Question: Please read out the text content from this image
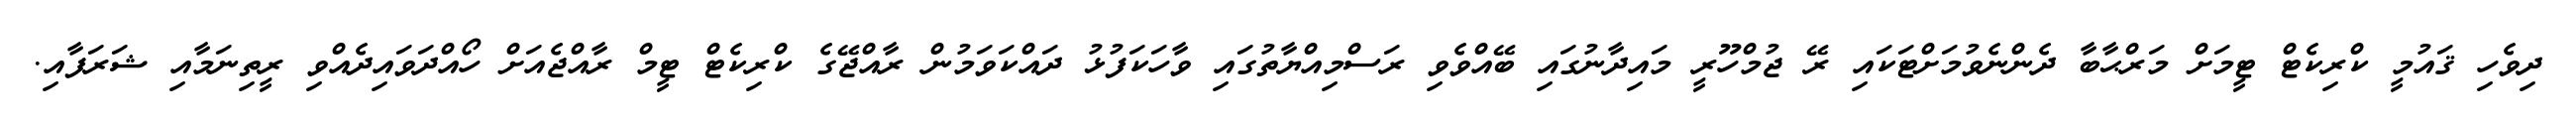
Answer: ދިވެހި ޤައުމީ ކްރިކެޓް ޓީމަށް މަރްޙާބާ ދެންނެވުމަށްޓަކައި ރޭ ޖުމްހޫރީ މައިދާނުގައި ބޭއްވެވި ރަސްމިއްޔާތުގައި ވާހަކަފުޅު ދައްކަވަމުން ރާއްޖޭގެ ކްރިކެޓް ޓީމް ރާއްޖެއަށް ހޯއްދަވައިދެއްވި ރީތިނަމާއި ޝަރަފާއި.